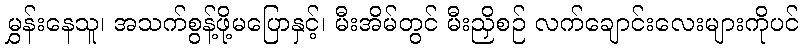
မွှန်းနေသူ၊ အသက်စွန့်ဖို့မပြောနှင့်၊ မီးအိမ်တွင် မီးညှိစဉ် လက်ချောင်းလေးများကိုပင်